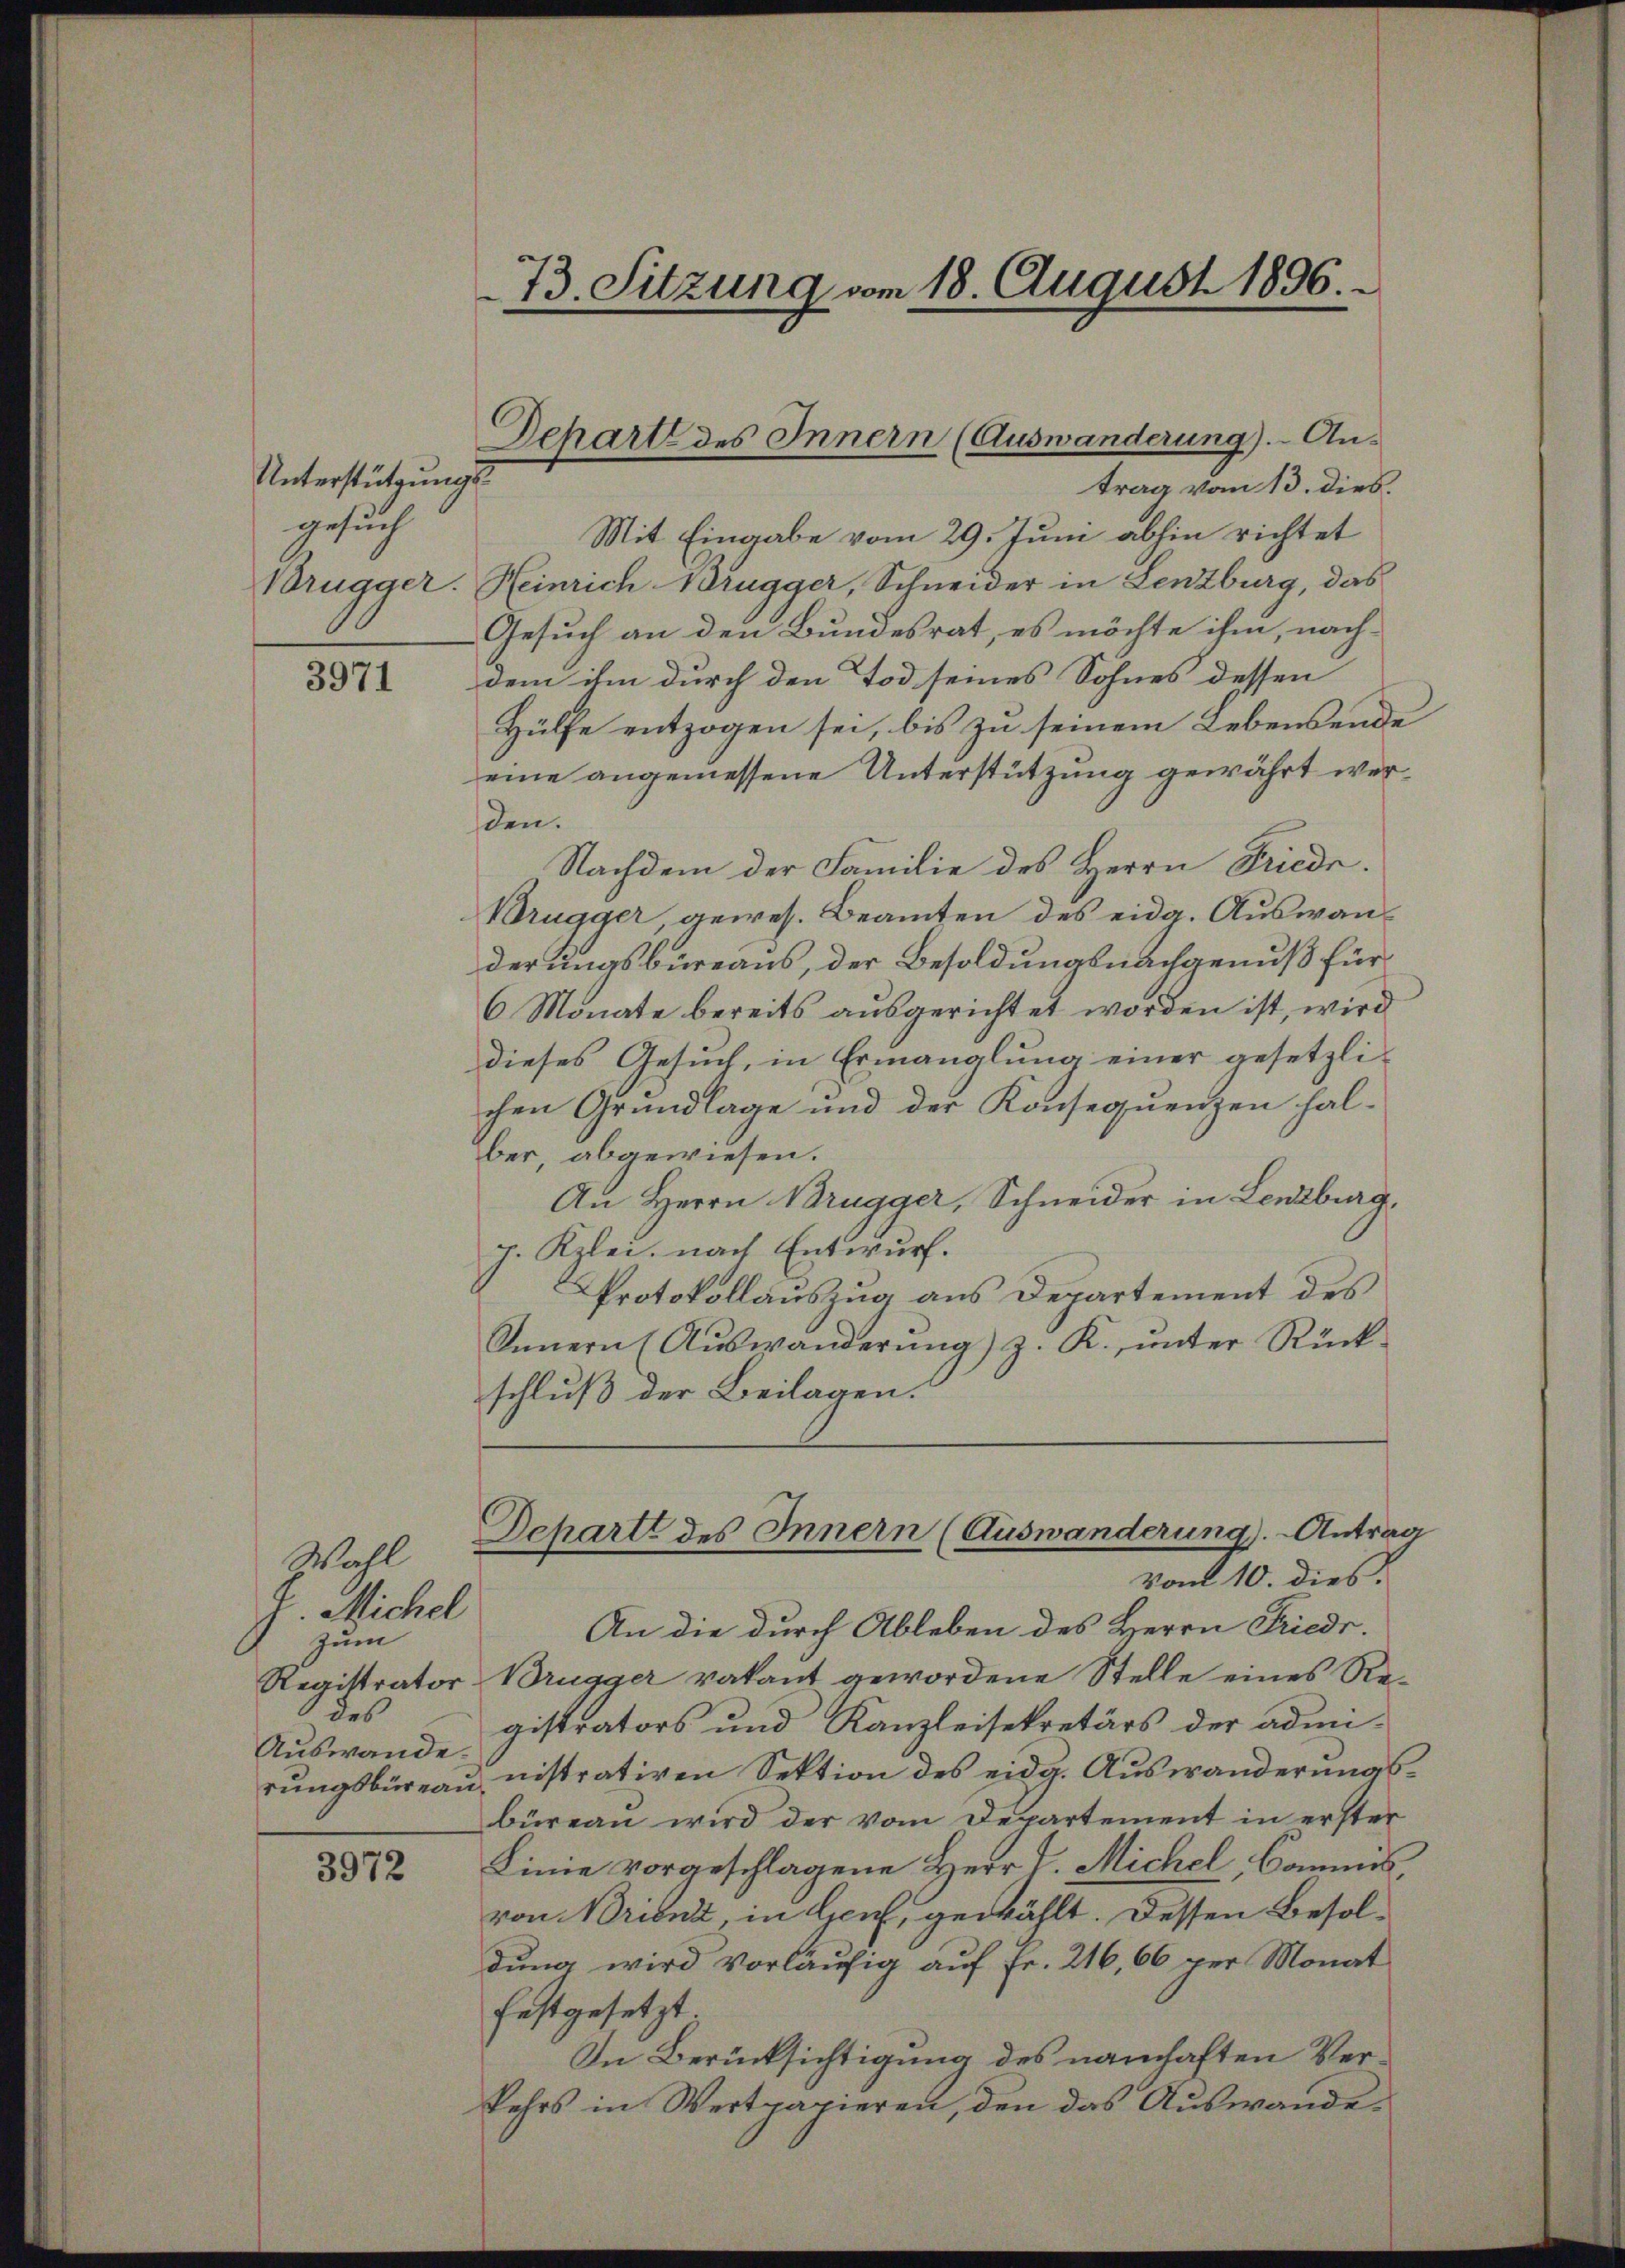
Unterstützungsgesuch

3971

Wahl
V. Michel
zum
des
Auswande.

3972

trag vom 13. dies.
Mit Eingabe vom 29. Juni abhin richtet
Brugger. Heinrich Brugger, Schneider in Lenzburg, das
Gesuch an den Bundesrat, es möchte ihm, nachdem ihm durch den Tod seines Sohnes dessen
Hülfe entzogen sei, bis zu seinem Lebensende
eine angemessene Unterstützung gewährt werden.
Nachdem der Familie des Herrn Friedr.
Brugger, gewes. Beamten des eidg. Auswanderungsbüreaus, der Besoldungsnachgenuß für
6 Monate bereits ausgerichtet worden ist, wird
dieses Gesuch, in Ermanglung einer gesetzlichen Grundlage und der Konsequenzen hal-
ber, abgewiesen.
An Herrn Brugger, Schneider in Lenzburg,
J. Kzlei, nach Entwurf.
Protokollauszug aus Departement des
Innern (Aŭswanderŭng z. K. ŭnter Rück-
schluß der Beilagen.

73. Sitzung vom 18. August 1896.

Schart des Innern (Auswanderung). An¬

Schartt des Innern (Auswanderung). Antrag
vom 10. dies.

An die durch Ableben des Herrn Friedr.
Registrator Brugger vakant gewordene Stelle eines Registrators und Kanzleisekretärs der admi-
rŭngsbüreaŭ nistrativen Sektion des eidg. Aŭswanderŭngs-
büreau wird der vom Departement in erster
Linie vorgeschlagene Herr V. Michel, Commisvon Brient, in Genf, gewählt. Dessen Besoldung wird vorläufig auf Fr. 216, 66 per Monat
festgesetzt
In Berücksichtigung des namhaften Verkehrs in Wertpapieren, den das Auswande¬